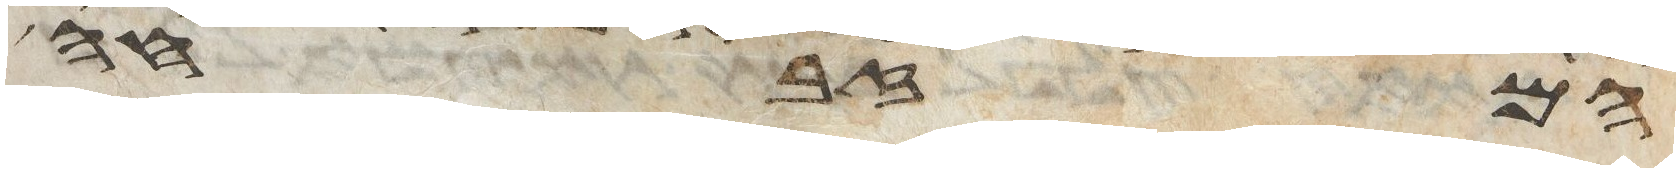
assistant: המזבחה